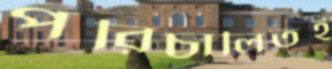
পরিচালিতই